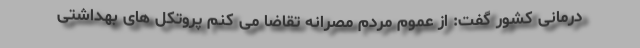
درمانی کشور گفت: از عموم مردم مصرانه تقاضا می کنم پروتکل های بهداشتی